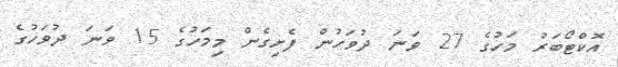
އޮކްޓޯބަރު މަހުގެ 27 ވަނަ ދުވަހުން ފެށިގެން މިމަހުގެ 15 ވަނަ ދުވަހުގެ